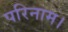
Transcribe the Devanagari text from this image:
परिनाम।